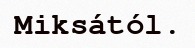
Miksától.